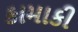
કામાકી